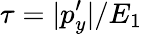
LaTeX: \tau=|p_{y}^{\prime}|/E_{1}